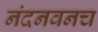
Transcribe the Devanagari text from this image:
नंदनवनच